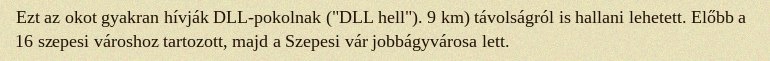
Ezt az okot gyakran hívják DLL-pokolnak ("DLL hell"). 9 km) távolságról is hallani lehetett. Előbb a 16 szepesi városhoz tartozott, majd a Szepesi vár jobbágyvárosa lett.